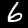
Label: 6